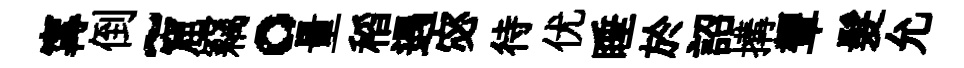
𡩋倒~窟竊。量稻遇宓待优睡於詔搆顰髮允